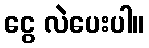
ငွေ လဲပေးပါ။